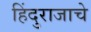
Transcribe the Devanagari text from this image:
हिंदुराजाचे